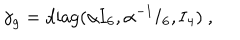
\gamma _ { g } = { \mathrm { d i a g } } ( \alpha { \bf I } _ { 6 } , \alpha ^ { - 1 } { \bf I } _ { 6 } , { \bf I } _ { 4 } ) ~ ,